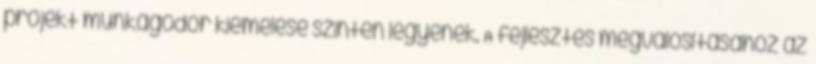
projekt munkagödör kiemelése szinten legyenek. A fejlesztés megvalósításához az